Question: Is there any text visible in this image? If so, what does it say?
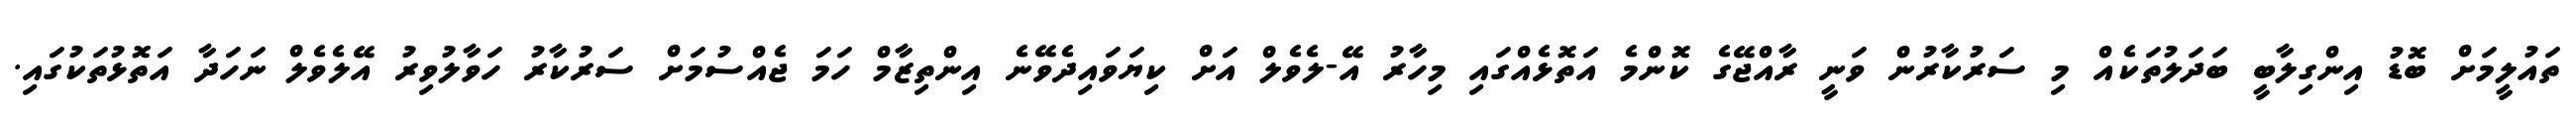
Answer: ތައުލީމަށް ބޮޑު އިންގިލާބީ ބަދަލުތަކެއް މި ސަރުކާރުން ވަނީ ރާއްޖޭގެ ކޮންމެ އަތޮޅެއްގައި މިހާރު އޭ-ލެވެލް އަށް ކިޔަވައިދެވޭނެ އިންތިޒާމް ހަމަ ޖެއްސުމަށް ސަރުކާރު ހަވާލުވިރު އޭލެވެލް ނަހަދާ އަތޮޅުތަކުގައި.